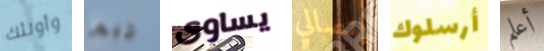
وأولئك ربما يساوى إتصالي أرسلوك أعلم